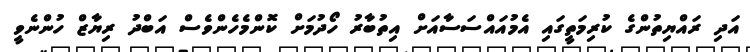
އަދި ރައްޔިތުންގެ ކުރިމަތީގައި އެމުއައްސަސާއަށް އިތުބާރު ހޯދުމަށް ކޮންމެހެންވެސް އަބްދު ރިޔާޒް ހުންނެވީ